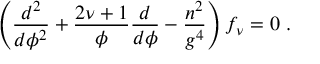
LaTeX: \left( \frac { d ^ { 2 } } { d \phi ^ { 2 } } + \frac { 2 \nu + 1 } { \phi } \frac { d } { d \phi } - \frac { n ^ { 2 } } { g ^ { 4 } } \right) f _ { \nu } = 0 ~ .